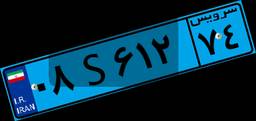
۹۹S۱۵۵۹۷